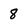
Character: 8